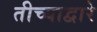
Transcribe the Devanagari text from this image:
तीच्याद्वारे